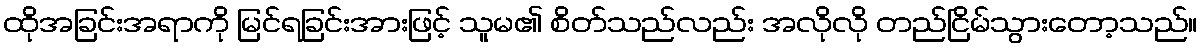
ထိုအခြင်းအရာကို မြင်ရခြင်းအားဖြင့် သူမ၏ စိတ်သည်လည်း အလိုလို တည်ငြိမ်သွားတော့သည်။